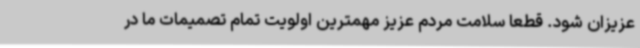
عزیزان شود. قطعا سلامت مردم عزیز مهمترین اولویت تمام تصمیمات ما در